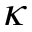
\kappa